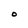
Character: O